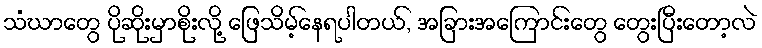
သံဃာတွေ ပိုဆိုးမှာစိုးလို့ ဖြေသိမ့်နေရပါတယ်, အခြားအကြောင်းတွေ တွေးပြီးတော့လဲ